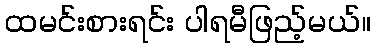
ထမင်းစားရင်း ပါရမီဖြည့်မယ်။